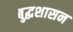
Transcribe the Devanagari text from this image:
बुद्धशासन